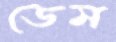
ডেম